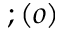
; ( o )